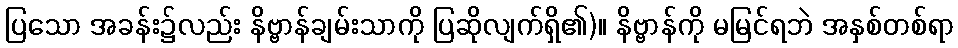
ပြသော အခန်း၌လည်း နိဗ္ဗာန်ချမ်းသာကို ပြဆိုလျက်ရှိ၏)။ နိဗ္ဗာန်ကို မမြင်ရဘဲ အနှစ်တစ်ရာ